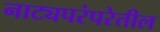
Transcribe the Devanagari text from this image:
नाट्यपरंपरेतील